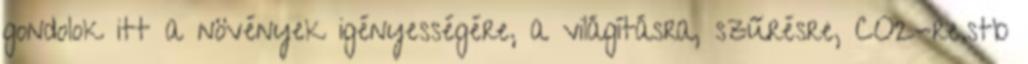
gondolok itt a növények igényességére, a világításra, szűrésre, CO2-re.stb